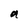
Character: a